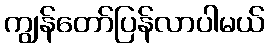
ကျွန်တော်ပြန်လာပါမယ်